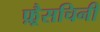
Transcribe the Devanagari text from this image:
फ़्रैसचिनी